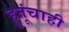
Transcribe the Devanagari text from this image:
हुतूंचाही